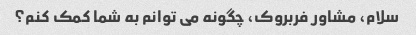
سلام، مشاور فربروک، چگونه می توانم به شما کمک کنم؟